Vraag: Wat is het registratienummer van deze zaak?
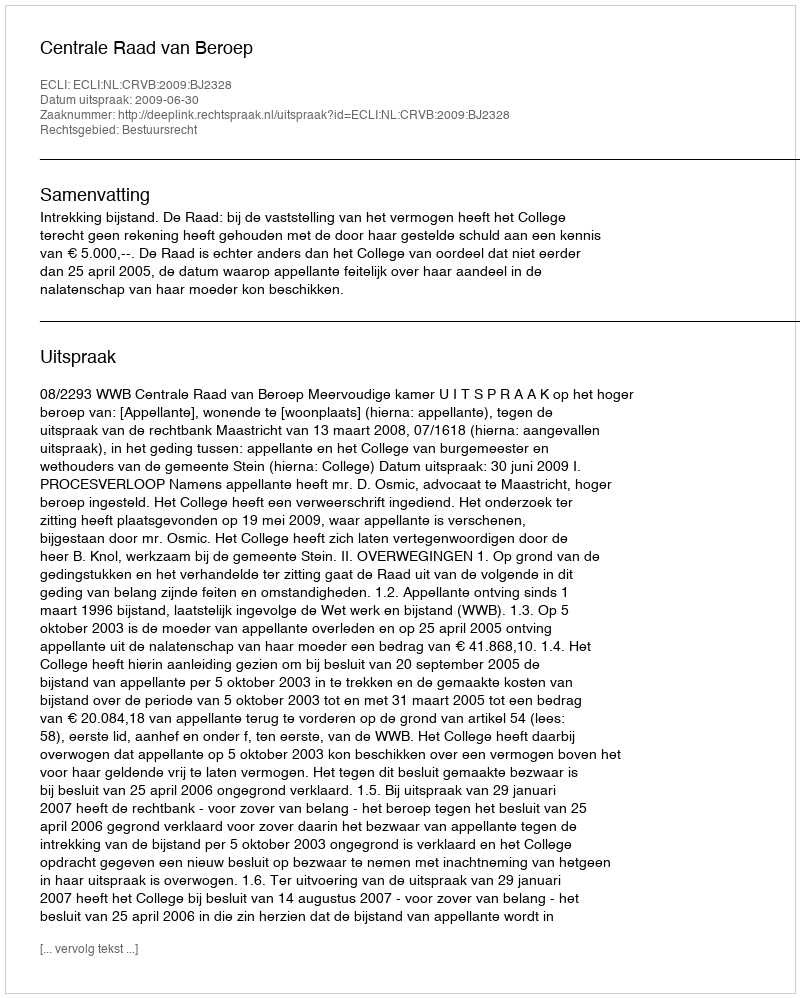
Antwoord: http://deeplink.rechtspraak.nl/uitspraak?id=ECLI:NL:CRVB:2009:BJ2328